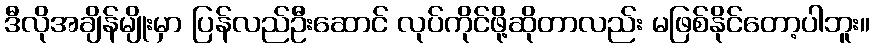
ဒီလိုအချိန်မျိုးမှာ ပြန်လည်ဦးဆောင် လုပ်ကိုင်ဖို့ဆိုတာလည်း မဖြစ်နိုင်တော့ပါဘူး။